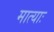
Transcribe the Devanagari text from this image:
मात्याः